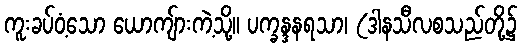
ကူးခပ်ဝံ့သော ယောကျ်ားကဲ့သို့။ ပက္ခန္ဒနရသာ၊ (ဒါနသီလစသည်တို့၌